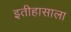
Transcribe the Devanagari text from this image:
इतीहासाला